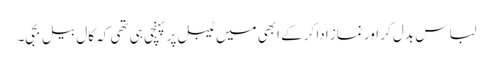
لباس بدل کر اور نماز ادا کرکے ابھی میں ٹیبل پر پہنچی ہی تھی کہ کال بیل بجی۔